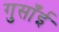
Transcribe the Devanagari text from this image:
गुसाँई